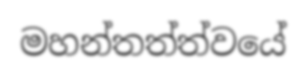
මහන්තත්ත්වයේ